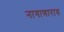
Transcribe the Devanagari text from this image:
नागाणाराय